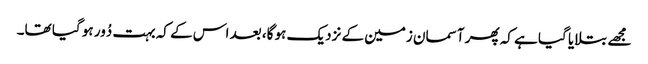
مجھے بتلایا گیا ہے کہ پھر آسمان زمین کے نزدیک ہو گا، بعد اس کے کہ بہت دُور ہو گیا تھا۔